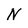
Character: N